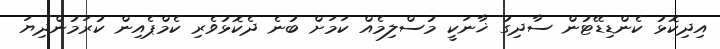
އިދިކޮޅު ކެންޑިޑޭޓުން ސާދިގު ޚާނަކީ މުސްލިމެއް ކަމަށް ބުނެ ދެކޮޅުވެރި ކެމްޕެއިން ކުރަމުންދިޔަ